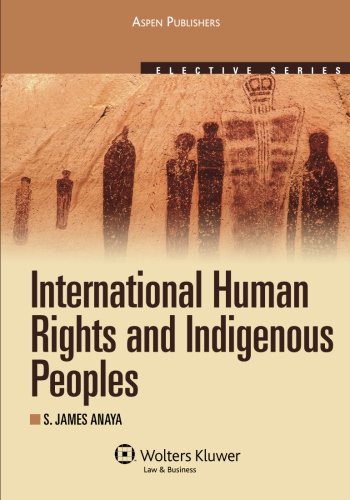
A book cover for International Human Rights and Indigenous Peoples (Elective Series); S. James Anaya; Law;